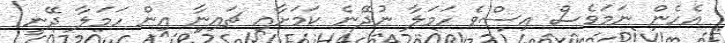
އެހެން ނަމަވެސް އިސްވެ ހަމަލާ ނުދޭނެ ކަމަށާއި ޗައިނާ އިން ހަމަލާ ދޭނީ